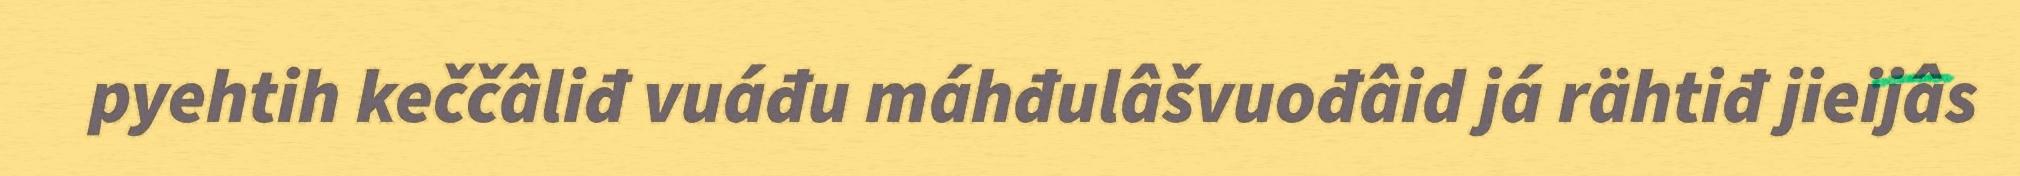
pyehtih keččâliđ vuáđu máhđulâšvuođâid já rähtiđ jieijâs